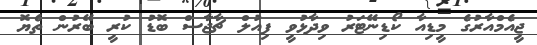
ޖީއެމްއާރުގެ މީޑިއާ ކޯޑިނޭޓަރު ވިދާޅުވީ ފިއުލް ޗާޖާސް ބޮޑު ކުރީ ބޭރުން ތެޔޮ